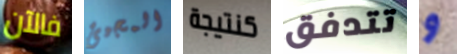
فالآن المجيئ كنتيجة تتدفق و